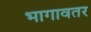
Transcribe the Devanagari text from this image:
भागावतर